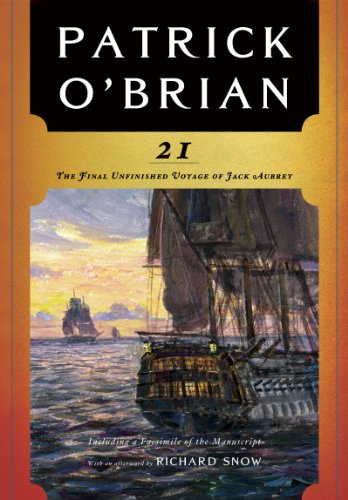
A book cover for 21: The Final Unfinished Voyage of Jack Aubrey (Vol. Book 21)  (Aubrey/Maturin Novels); Patrick O'Brian; Literature & Fiction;